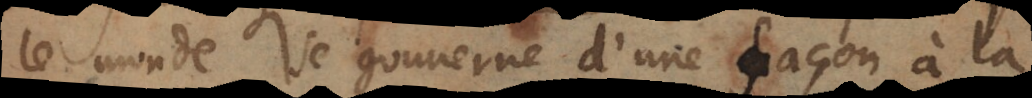
le monde se gouverne d’une façon à la